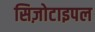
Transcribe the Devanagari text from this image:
सिज़ोटाइपल